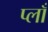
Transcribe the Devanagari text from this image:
प्लाँ